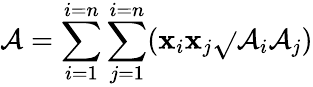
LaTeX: \mathcal{A}=\sum_{i=1}^{i=n}\sum_{j=1}^{i=n}(\mathbf{x}_{i}\mathbf{x}_{j}{\sqrt{}{{\mathcal{A}_{i}\mathcal{A}_{j}}}})